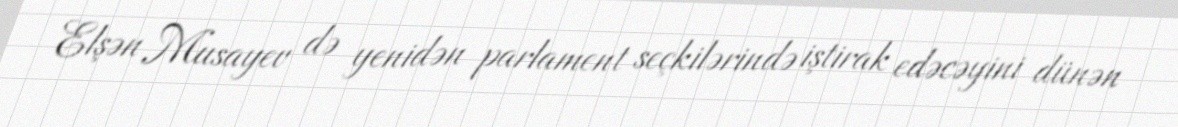
Elşən Musayev də yenidən parlament seçkilərində iştirak edəcəyini dünən